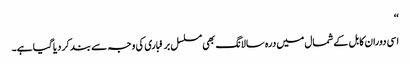
‘‘
اسی دوران کابل کے شمال میں درہ سالانگ بھی مسلسل برفباری کی وجہ سے بند کر دیا گیا ہے۔